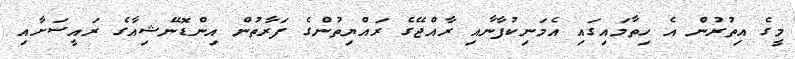
މީގެ އިތުރުން އެ ހިތާމައިގައި އެމަނިކުފާނާއި ރާއްޖޭގެ ރައްޔިތުންގެ ފަރާތުން އިންޑޮނޭޝިއާގެ ރައީސަށާއި